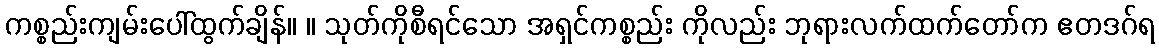
ကစ္စည်းကျမ်းပေါ်ထွက်ချိန်။ ။ သုတ်ကိုစီရင်သော အရှင်ကစ္စည်း ကိုလည်း ဘုရားလက်ထက်တော်က ဧတဒဂ်ရ